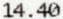
14.40